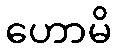
ဟောမိ